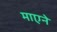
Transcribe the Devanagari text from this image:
माएने